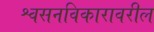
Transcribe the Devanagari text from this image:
श्वसनविकारावरील